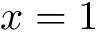
x = 1